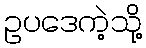
ဥပဒေကဲ့သို့